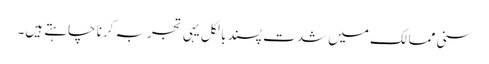
سنی ممالک میں شدت پسند بالکل یہی تجربہ کرنا چاہتے ہیں۔